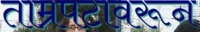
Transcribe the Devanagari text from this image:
ताम्रपटावरून